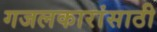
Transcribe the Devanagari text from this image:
गजलकारांसाठी